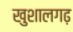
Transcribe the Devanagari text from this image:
खुशालगढ़